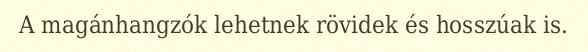
A magánhangzók lehetnek rövidek és hosszúak is.